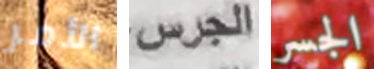
الأمر الجرس الجسر